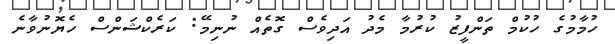
ހުމާމުގެ ހުކުމް ތަންފީޒު ކުރުމާ މެދު އަދިވެސް ގޮތެއް ނުނިމޭ: ކަރެކްޝަންސް ހެޔޮނުވާނެ